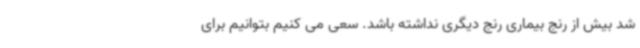
شد بیش از رنج بیماری رنج دیگری نداشته باشد. سعی می کنیم بتوانیم برای